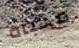
مخبأه